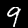
Label: 9